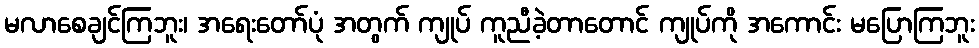
မလာစေချင်ကြဘူး၊ အရေးတော်ပုံ အတွက် ကျုပ် ကူညီခဲ့တာတောင် ကျုပ်ကို အကောင်း မပြောကြဘူး